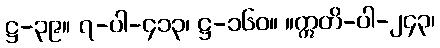
ဋ္ဌ-၃၉။ ၇-ပါ-၄၁၃၊ ဋ္ဌ-၁၆၀။ ။ဣတိ-ပါ-၂၄၃၊